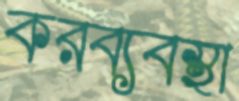
করব্যবস্থা